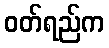
ဝတ်ရည်က